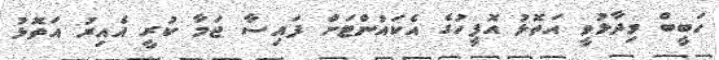
ހަބީބް ވިދާޅުވީ އަތޮޅު އޮފީހުގެ އެކައުންޓަށް ފައިސާ ޖަމާ ކުރީ އެއިރު އަތޮޅު